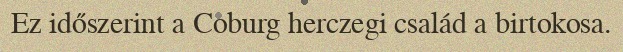
Ez időszerint a Coburg herczegi család a birtokosa.